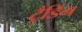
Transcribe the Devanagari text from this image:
ट्रैडिंग